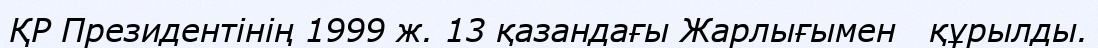
ҚР Президентінің 1999 ж. 13 қазандағы Жарлығымен   құрылды.